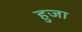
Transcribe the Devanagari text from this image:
हुजा